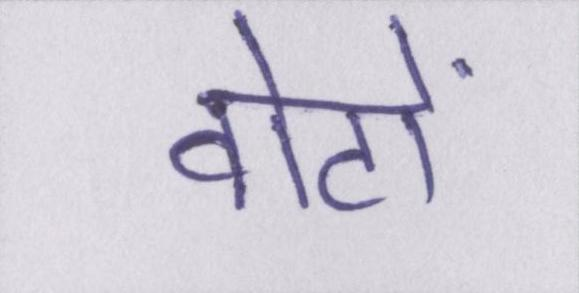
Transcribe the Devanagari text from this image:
वोटों